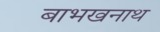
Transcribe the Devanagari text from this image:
बाभखनाथ